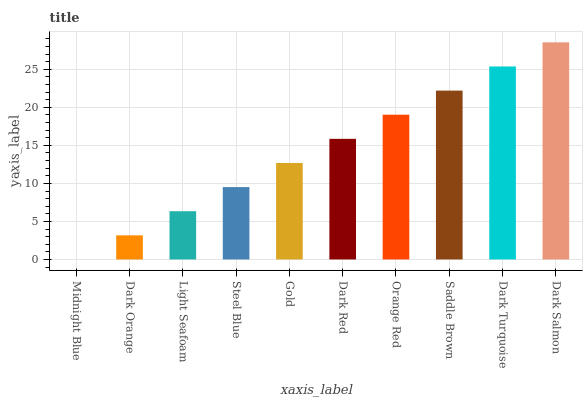
| xaxis_label | bars |
 | --- | --- |
 | Midnight Blue | 0 |
 | Dark Orange | 3.17 |
 | Light Seafoam | 6.34 |
 | Steel Blue | 9.52 |
 | Gold | 12.7 |
 | Dark Red | 15.9 |
 | Orange Red | 19 |
 | Saddle Brown | 22.2 |
 | Dark Turquoise | 25.4 |
 | Dark Salmon | 28.5 |